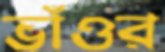
ভাঁওর